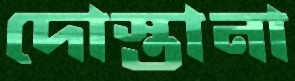
দোস্তানা